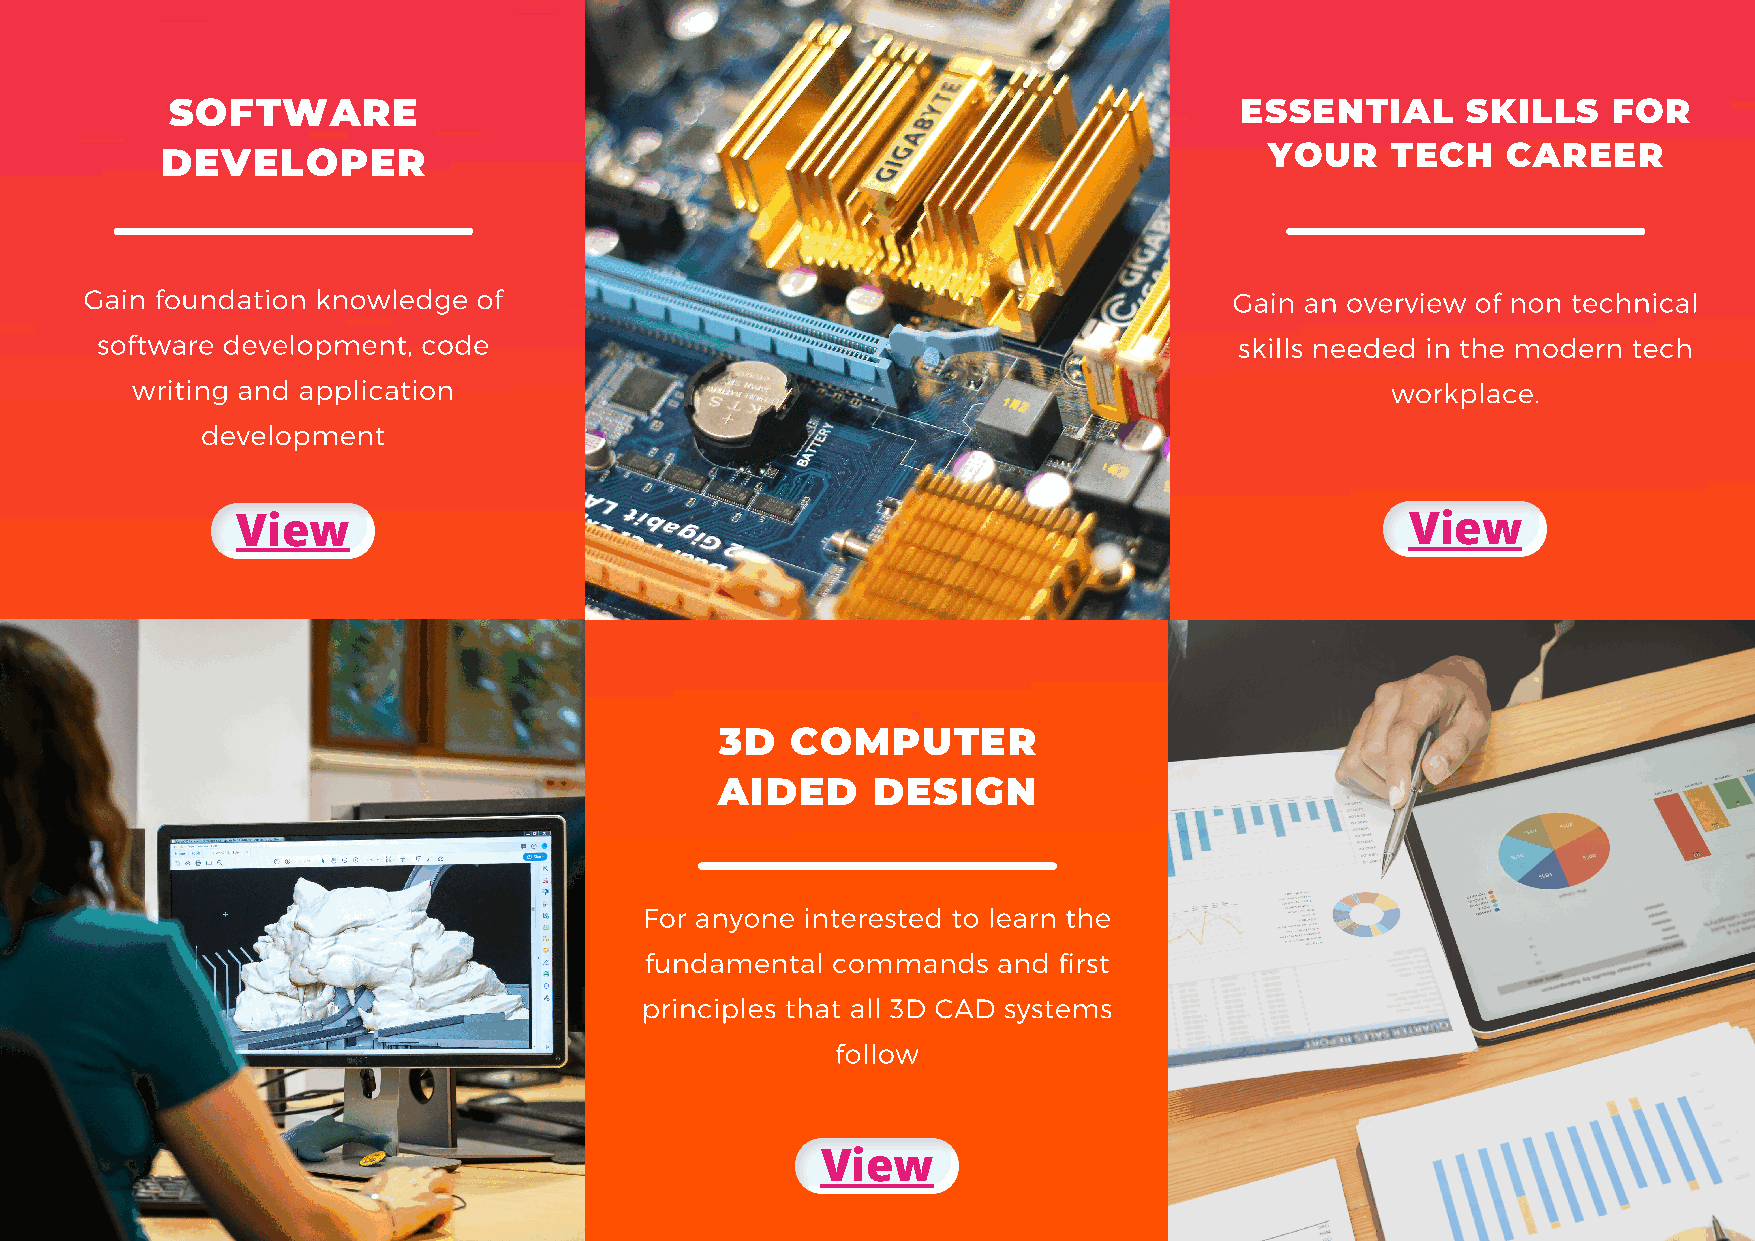
SOFTWARE                                                               ESSENTIAL      SKILLS    FOR
 DEVELOPER                                                                YOUR    TECH    CAREER
 Gain foundation knowledge of                                                Gain an overview of non technical
 software development, code                                                  skills needed in the modern tech
 writing and application                                                            workplace.
 development
 View                                                                         View
 3D  COMPUTER
 AIDED     DESIGN
 For anyone interested to learn the
 fundamental commands   and first
 principles that all 3D CAD systems
 follow
 View